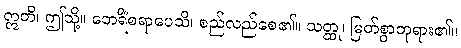
ဣတိ၊ ဤသို့။ ဘေရိံစရာပေသိ၊ စည်လည်စေ၏။ သတ္ထု၊ မြတ်စွာဘုရား၏။